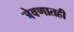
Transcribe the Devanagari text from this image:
जेवणातही